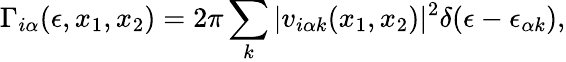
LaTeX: \Gamma_{i\alpha}(\epsilon,x_{1},x_{2})=2\pi\sum_{k}|v_{i\alpha k}(x_{1},x_{2})|^{2}\delta(\epsilon-\epsilon_{\alpha k}),